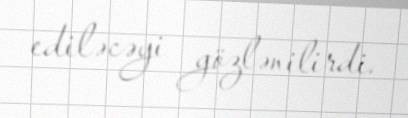
ediləcəyi gözlənilirdi.